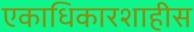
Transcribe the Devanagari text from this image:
एकाधिकारशाहीस